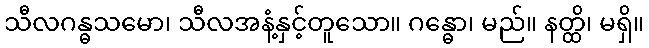
သီလဂန္ဓသမော၊ သီလအနံ့နှင့်တူသော။ ဂန္ဓော၊ မည်။ နတ္ထိ၊ မရှိ။